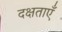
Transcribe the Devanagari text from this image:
दक्षताएँ